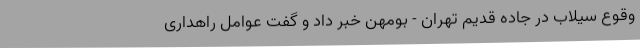
وقوع سیلاب در جاده قدیم تهران - بومهن خبر داد و گفت عوامل راهداری